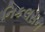
નિકલસન